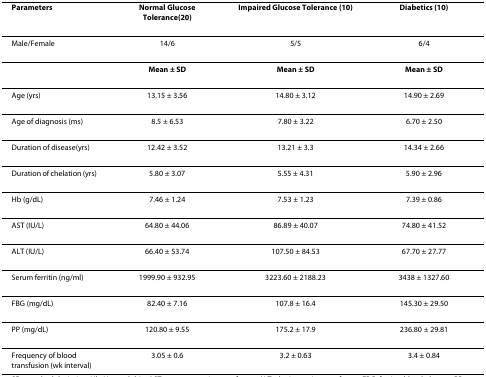
<table><thead><tr><td><b>Parameters</b></td><td><b>Normal Glucose Tolerance(20)</b></td><td><b>Impaired Glucose Tolerance (10)</b></td><td><b>Diabetics (10)</b></td></tr></thead><tbody><tr><td>Male/Female</td><td>14/6</td><td>5/5</td><td>6/4</td></tr><tr><td></td><td><b>Mean ± SD</b></td><td><b>Mean ± SD</b></td><td><b>Mean ± SD</b></td></tr><tr><td>Age (yrs)</td><td>13.15 ± 3.56</td><td>14.80 ± 3.12</td><td>14.90 ± 2.69</td></tr><tr><td>Age of diagnosis (ms)</td><td>8.5 ± 6.53</td><td>7.80 ± 3.22</td><td>6.70 ± 2.50</td></tr><tr><td>Duration of disease(yrs)</td><td>12.42 ± 3.52</td><td>13.21 ± 3.3</td><td>14.34 ± 2.66</td></tr><tr><td>Duration of chelation (yrs)</td><td>5.80 ± 3.07</td><td>5.55 ± 4.31</td><td>5.90 ± 2.96</td></tr><tr><td>Hb (g/dL)</td><td>7.46 ± 1.24</td><td>7.53 ± 1.23</td><td>7.39 ± 0.86</td></tr><tr><td>AST (IU/L)</td><td>64.80 ± 44.06</td><td>86.89 ± 40.07</td><td>74.80 ± 41.52</td></tr><tr><td>ALT (IU/L)</td><td>66.40 ± 53.74</td><td>107.50 ± 84.53</td><td>67.70 ± 27.77</td></tr><tr><td>Serum ferritin (ng/ml)</td><td>1999.90 ± 932.95</td><td>3223.60 ± 2188.23</td><td>3438 ± 1327.60</td></tr><tr><td>FBG (mg/dL)</td><td>82.40 ± 7.16</td><td>107.8 ± 16.4</td><td>145.30 ± 29.50</td></tr><tr><td>PP (mg/dL)</td><td>120.80 ± 9.55</td><td>175.2 ± 17.9</td><td>236.80 ± 29.81</td></tr><tr><td>Frequency of blood transfusion (wk interval)</td><td>3.05 ± 0.6</td><td>3.2 ± 0.63</td><td>3.4 ± 0.84</td></tr></tbody></table>